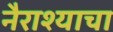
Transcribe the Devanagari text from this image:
नैराश्याचा